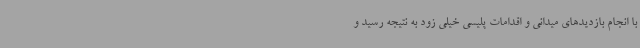
با انجام بازدیدهای میدانی و اقدامات پلیسی خیلی زود به نتیجه رسید و